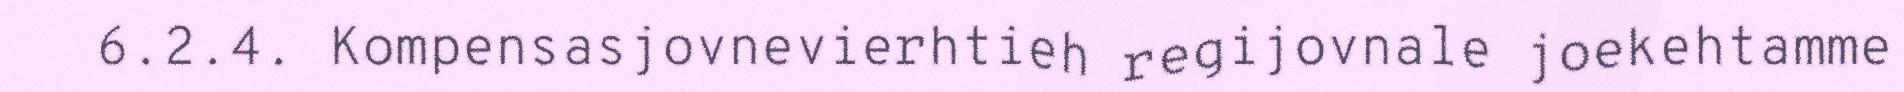
6.2.4. Kompensasjovnevierhtieh regijovnale joekehtamme